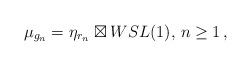
LaTeX: \begin{align*} \mu_{g_n}=\eta_{r_n}\boxtimes WSL(1),\,n\ge1\,,\end{align*}